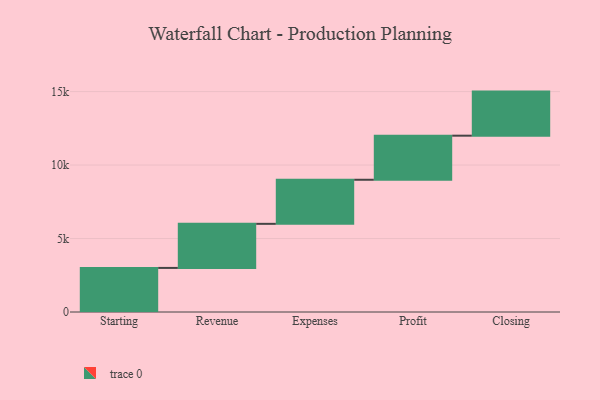
{"axis": {"x": "Step", "y": "Value"}, "legend": [""], "data": [{"x": "Starting", "y": 3000, "type": ""}, {"x": "Revenue", "y": 3000, "type": ""}, {"x": "Expenses", "y": 3000, "type": ""}, {"x": "Profit", "y": 3000, "type": ""}, {"x": "Closing", "y": 3000, "type": ""}]}